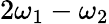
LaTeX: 2\omega_{1}-\omega_{2}